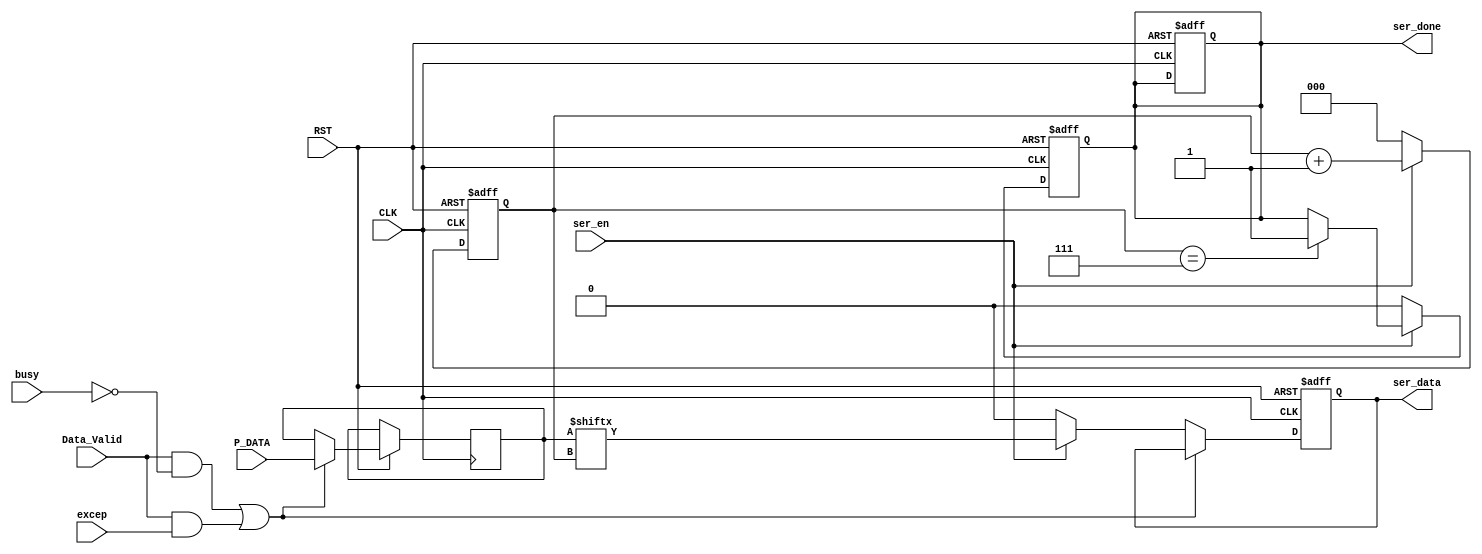
module Serializer (

//Input Ports

input   wire    [7:0]    P_DATA,
input   wire             ser_en,CLK,RST,Data_Valid,busy,excep,

//Output Ports

output  reg    ser_data,ser_done

);

integer i;

reg [2:0] bits_count;
reg [7:0] IN_DATA;



always @(posedge CLK or negedge RST)
begin

if(!RST)
begin

ser_data <= 1'b0;
ser_done <= 1'b0;

end

// Condition of accepting Input Data to the Serializer

else if((Data_Valid && !busy) || (Data_Valid && excep))
begin

IN_DATA <= P_DATA;

end

// Condition of Driving data bit by bit into the output port of the Serializer

else if(ser_en)
begin

ser_data <= IN_DATA[bits_count];

end

else
begin

ser_data <= 1'b0;

end

end

// The Counter Logic ,counts 8 times (No. of data bits in each frame). 

always @(posedge CLK or negedge RST)
begin

if(!RST)
begin

bits_count <= 4'b0;
ser_done <= 1'b0;

end

else if(ser_en)
begin

bits_count <= bits_count+3'b1;

if(bits_count == 3'b111)
begin

ser_done <= 1'b1;

end

end

else

begin

bits_count <= 3'b0;
ser_done   <= 1'b0;

end

end

endmodule